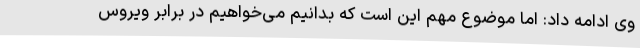
وی ادامه داد: اما موضوع مهم این است که بدانیم می‌خواهیم در برابر ویروس